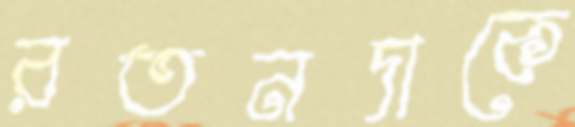
রতনদাকে